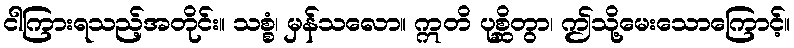
ငါကြားရသည့်အတိုင်း။ သစ္စံ၊ မှန်သလော။ ဣတိ ပုစ္ဆိတွာ၊ ဤသို့မေးသောကြောင့်။